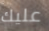
عليك